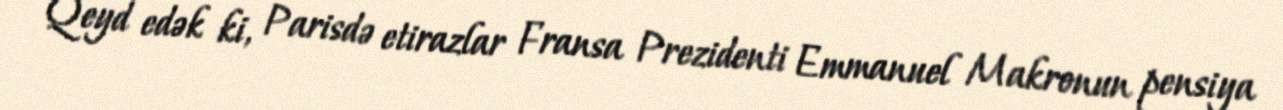
Qeyd edək ki, Parisdə etirazlar Fransa Prezidenti Emmanuel Makronun pensiya